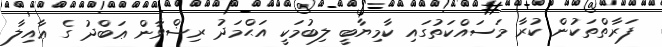
ފަރާތްތަކުން ކުރާ މަސައްކަތުގައި ކާމިޔާބީ ލިބުމަކީ އަޙްމަދު ރިޟްވާން ޢަބްދު ގެ ޢާއިލާ